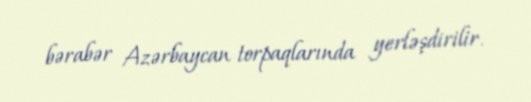
bərabər Azərbaycan torpaqlarında yerləşdirilir.